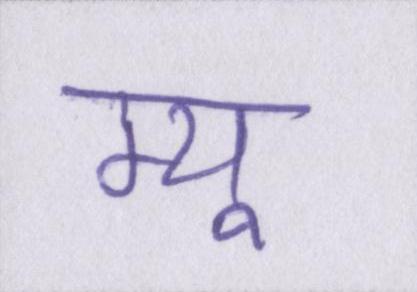
म्यू